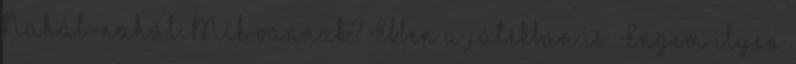
Nahát-nahát. Mik vannak? Ebben a játékban is. Engem ilyen